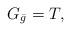
LaTeX: \begin{align*} G_{\bar{g}}=T,\end{align*}